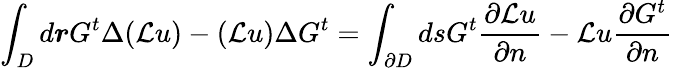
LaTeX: \int_{D}d\boldsymbol{r}G^{t}\Delta(\mathcal{L}u)-(\mathcal{L}u)\Delta G^{t}=\int_{\partial D}dsG^{t}\frac{\partial\mathcal{L}u}{\partial n}-\mathcal{L}u\frac{\partial G^{t}}{\partial n}